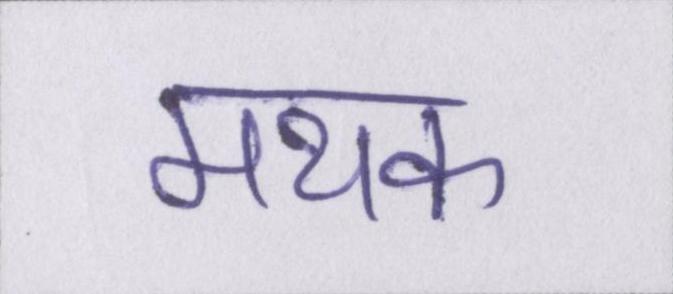
मथक